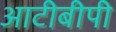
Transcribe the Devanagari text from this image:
आटीबीपी